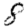
Digit: 8